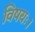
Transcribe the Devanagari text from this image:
विषयः।